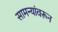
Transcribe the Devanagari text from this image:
सामन्यांवरून